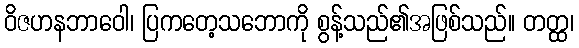
ဝိဇဟနဘာဝေါ၊ ပြကတေ့သဘောကို စွန့်သည်၏အဖြစ်သည်။ တတ္ထ၊